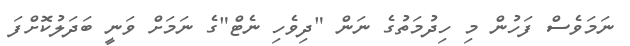
ނަމަވެސް ފަހުން މި ހިދުމަތުގެ ނަން "ދިވެހި ނެޓް"ގެ ނަމަށް ވަނީ ބަދަލުކޮށްފަ